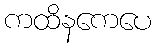
ကထိနကေပေ